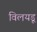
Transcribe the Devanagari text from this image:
विलयडू